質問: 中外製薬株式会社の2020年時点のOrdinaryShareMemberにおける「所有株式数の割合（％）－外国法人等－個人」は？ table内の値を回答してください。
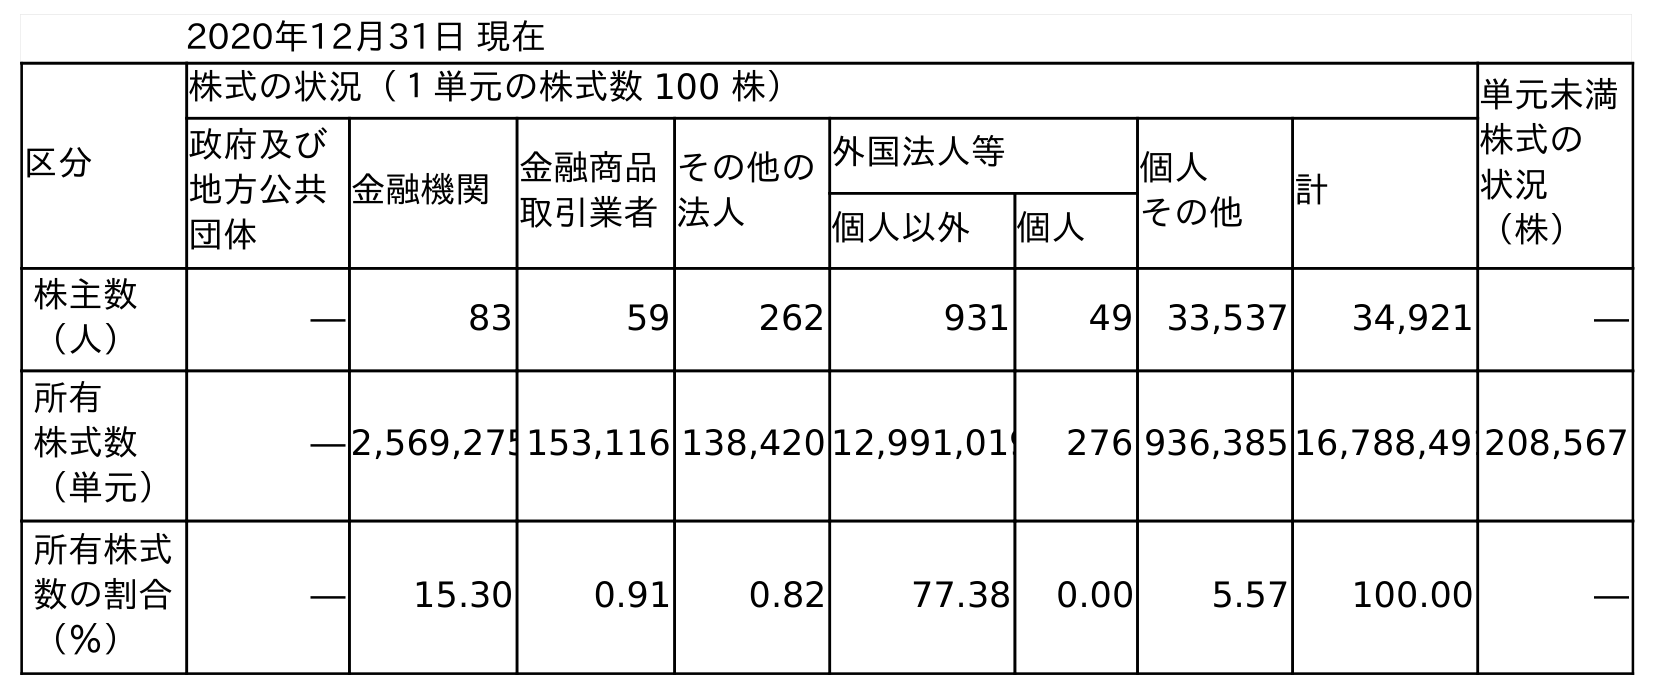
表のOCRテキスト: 2020年12月31日 現在 区分 株式の状況（１単元の株式数 100 株） 単元未満 株式の 状況 （株） 政府及び 地方公共 団体 金融機関金融商品 取引業者 その他の 法人 外国法人等 個人 その他 計 個人以外 個人 株主数 （人） ― 83 59 262 931 49 33,537 34,921 ― 所有 株式数 （単元） ― 2,569,275153,116 138,420 12,991,019 276 936,385 16,788,491208,567 所有株式 数の割合 （％） ― 15.30 0.91 0.82 77.38 0.00 5.57 100.00 ―
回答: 0.00